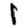
Digit: 1